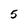
Character: 5